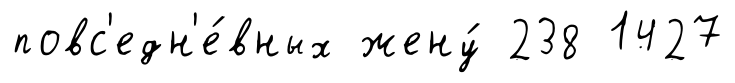
повс'едн'е́вных жену́ 238 1427